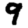
Digit: 9